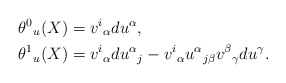
\begin{align*}\theta^0{}_u(X)&=v^i{}_\alpha du^\alpha,\\*\theta^1{}_u(X)&=v^i{}_\alpha du^\alpha{}_j-v^i{}_\alpha u^\alpha{}_{j\beta}v^\beta{}_\gamma du^\gamma.\end{align*}